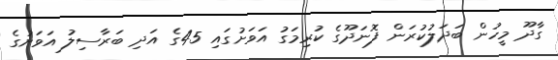
ގާދޫ މީހުން ބަދަލުކުރަން ފޮނަދޫގެ ކުރިމަގު އަވަށުގައި 45ގެ އަދި ބަރާސިލު އަވަށުގެ